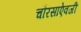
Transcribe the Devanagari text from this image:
चौरसाऐवजी